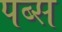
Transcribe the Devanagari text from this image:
पब्स